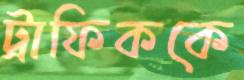
ট্রাফিককে